Newspaper: Randolph County journal. [volume]
Place of publication: Winchester, Randolph County, Ind.
Publisher: Beverly & Smith
Date: 1860-07-19 00:00:00
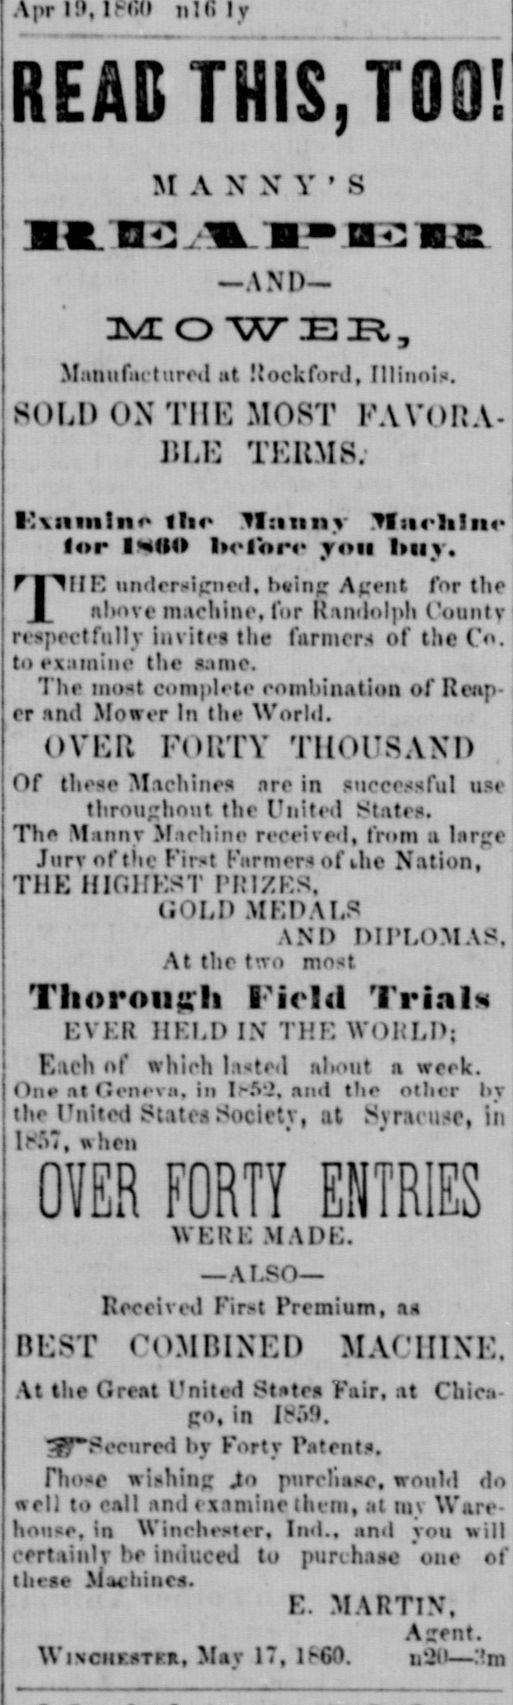
Advertisement text (OCR):
REÄB Tills, TOO! M A X X V ' S AND MOWEB, Manufactured at Rockford, Illinois. SOLI) OX Tili: MOST FAVOIiA HLi: TERMS; I'miiiiIiio f lis- Mutiny Jfurhinr for iHtlfl lxrri you luiy. THE undersigned, hwing Agent for the above machine, for Randolph County respectfully invites the farmers of the Co. to examine the same. The most complete combination of Reap er and Mower In the World. OVKR FORTY THOUSAND Of these Machine are in successful use throughout the United States. The Manny Machine received, from a large Jurvoftiic First Farmer of die Nation, THE HIGHEST PRIZES, GOLD MEDALS AND DIPLOMAS, At the two most Thorough Field Trinis EVER HELD IN THE WORLD; Each of which lasted about a week. One nt flenevji, in I-.Vi, and the other by the United Sutra Society, at Syracuse, ih L".7, when OVER FORTY ENTRIES WERE MADE. ALSO Received First Premium, as BEST COMBINED MACHINE. At the Great United Sttes Fair, at Chica go, in IsV). tf7Securcd by Forty Patents. Those wishing Jto purchase, would do well to call and examine them, at my u are house, in Winchester, Ind., and voti will certainly be induced to purchase one of these Mathiucs. r. MARTIN, Azent. WiNcnr-STiR, Mav 17, It-G!). u'Jii .7m
Label: text-only